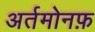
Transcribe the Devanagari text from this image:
अर्तमोनफ़